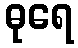
ဓုရေ